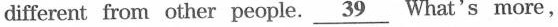
different from other people.\underline{39} What's more,